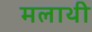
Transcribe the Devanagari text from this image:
मलाथी